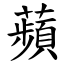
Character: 蘋